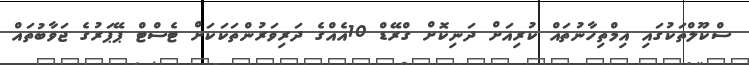
ސްކޫލްތަކުގައި އިމްތިހާނުތައް ކުރިއަށް ދަނިކޮށް ގްރޭޑް 10އެއްގެ ދަރިވަރުންތަކަކަށް ޓެސްޓް ޕޭޕަރުގެ ޖަވާބުތައް